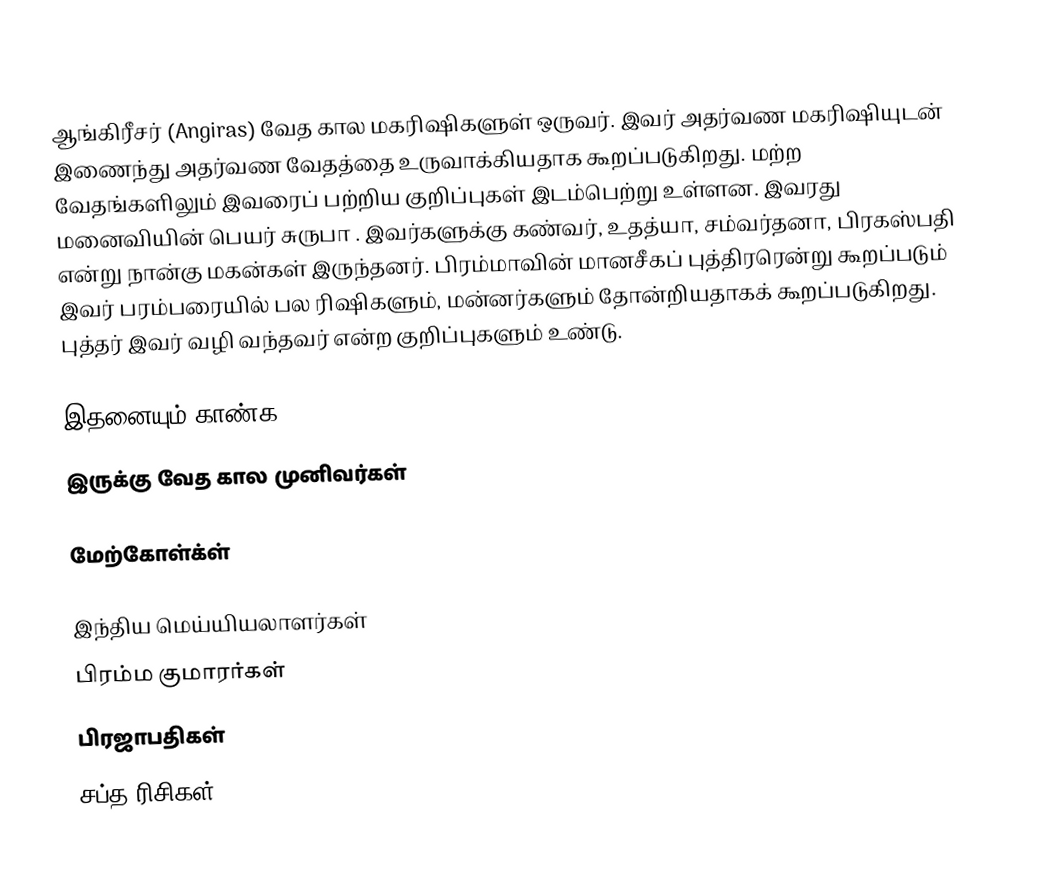
ஆங்கிரீசர் (Angiras) வேத கால மகரிஷிகளுள் ஒருவர். இவர் அதர்வண மகரிஷியுடன் இணைந்து அதர்வண வேதத்தை உருவாக்கியதாக கூறப்படுகிறது. மற்ற வேதங்களிலும் இவரைப் பற்றிய குறிப்புகள் இடம்பெற்று உள்ளன. இவரது மனைவியின் பெயர் சுருபா . இவர்களுக்கு கண்வர், உதத்யா, சம்வர்தனா, பிரகஸ்பதி  என்று நான்கு மகன்கள் இருந்தனர். பிரம்மாவின் மானசீகப் புத்திரரென்று கூறப்படும் இவர் பரம்பரையில் பல ரிஷிகளும், மன்னர்களும் தோன்றியதாகக் கூறப்படுகிறது. புத்தர் இவர் வழி வந்தவர் என்ற குறிப்புகளும் உண்டு.

இதனையும் காண்க
 இருக்கு வேத கால முனிவர்கள்

மேற்கோள்க்ள்

இந்திய மெய்யியலாளர்கள்
பிரம்ம குமாரர்கள்
பிரஜாபதிகள்
சப்த ரிசிகள்